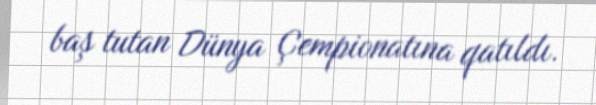
baş tutan Dünya Çempionatına qatıldı.